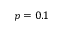
p = 0 . 1